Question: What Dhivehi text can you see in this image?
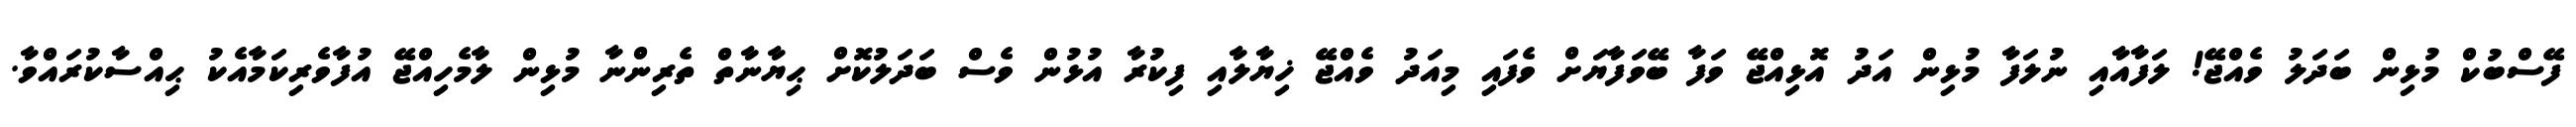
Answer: ފޭސްބުކް މުޅިން ބަދަލު ވެއްޖޭ! ލަފާއާއި ނުލަފާ މުޅިން އަދު އޮޅިއްޖޭ ވަފާ ބޭވަފާޔަށް ވެފައި މިއަދު ވެއްޖޭ ޚިޔާލާއި ފިކުރާ އުޅުން ވެސް ބަދަލުކޮށް ޙިޔާނާތް ތެރިންނާ މުޅިން ލާމެހިއްޖޭ އުފާވެރިކަމާއެކު ޙިއްސާކުރައްވާ.